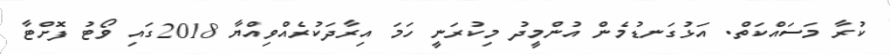
ކުރާ މަސައްކަތް. އަޅުގަނޑުމެން އުންމީދު މިކުރަނީ ހަމަ އިރާދަކުރެއްވިއްޔާ 2018ގައި ވޯޓު ފޮށްޓާ